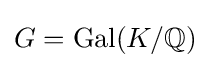
G=\mathrm {Gal} (K/\mathbb {Q} )